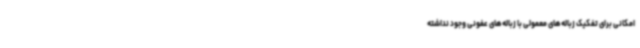
امکانی برای تفکیک زباله‌های معمولی با زباله‌های عفونی وجود نداشته